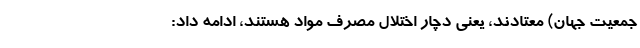
جمعیت جهان) معتادند، یعنی دچار اختلال مصرف مواد هستند، ادامه داد: